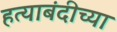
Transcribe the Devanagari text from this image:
हत्याबंदीच्या